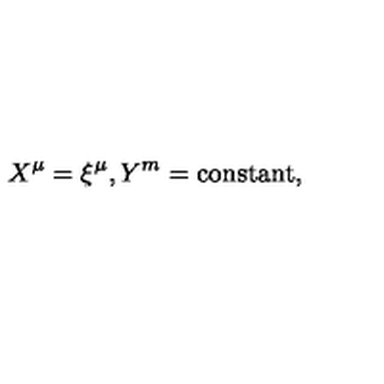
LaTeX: X ^ { \mu } = \xi ^ { \mu } , Y ^ { m } = \mathrm { c o n s t a n t } ,